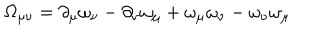
\Omega _ { \mu \nu } = \partial _ { \mu } \omega _ { \nu } - \partial _ { \nu } \omega _ { \mu } + \omega _ { \mu } \omega _ { \nu } - \omega _ { \nu } \omega _ { \mu }